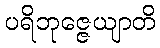
ပရိဘုဇ္ဇေယျာတိ